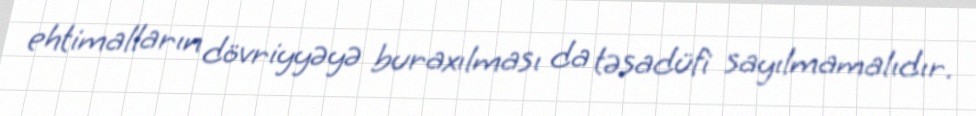
ehtimalların dövriyyəyə buraxılması da təsadüfi sayılmamalıdır.